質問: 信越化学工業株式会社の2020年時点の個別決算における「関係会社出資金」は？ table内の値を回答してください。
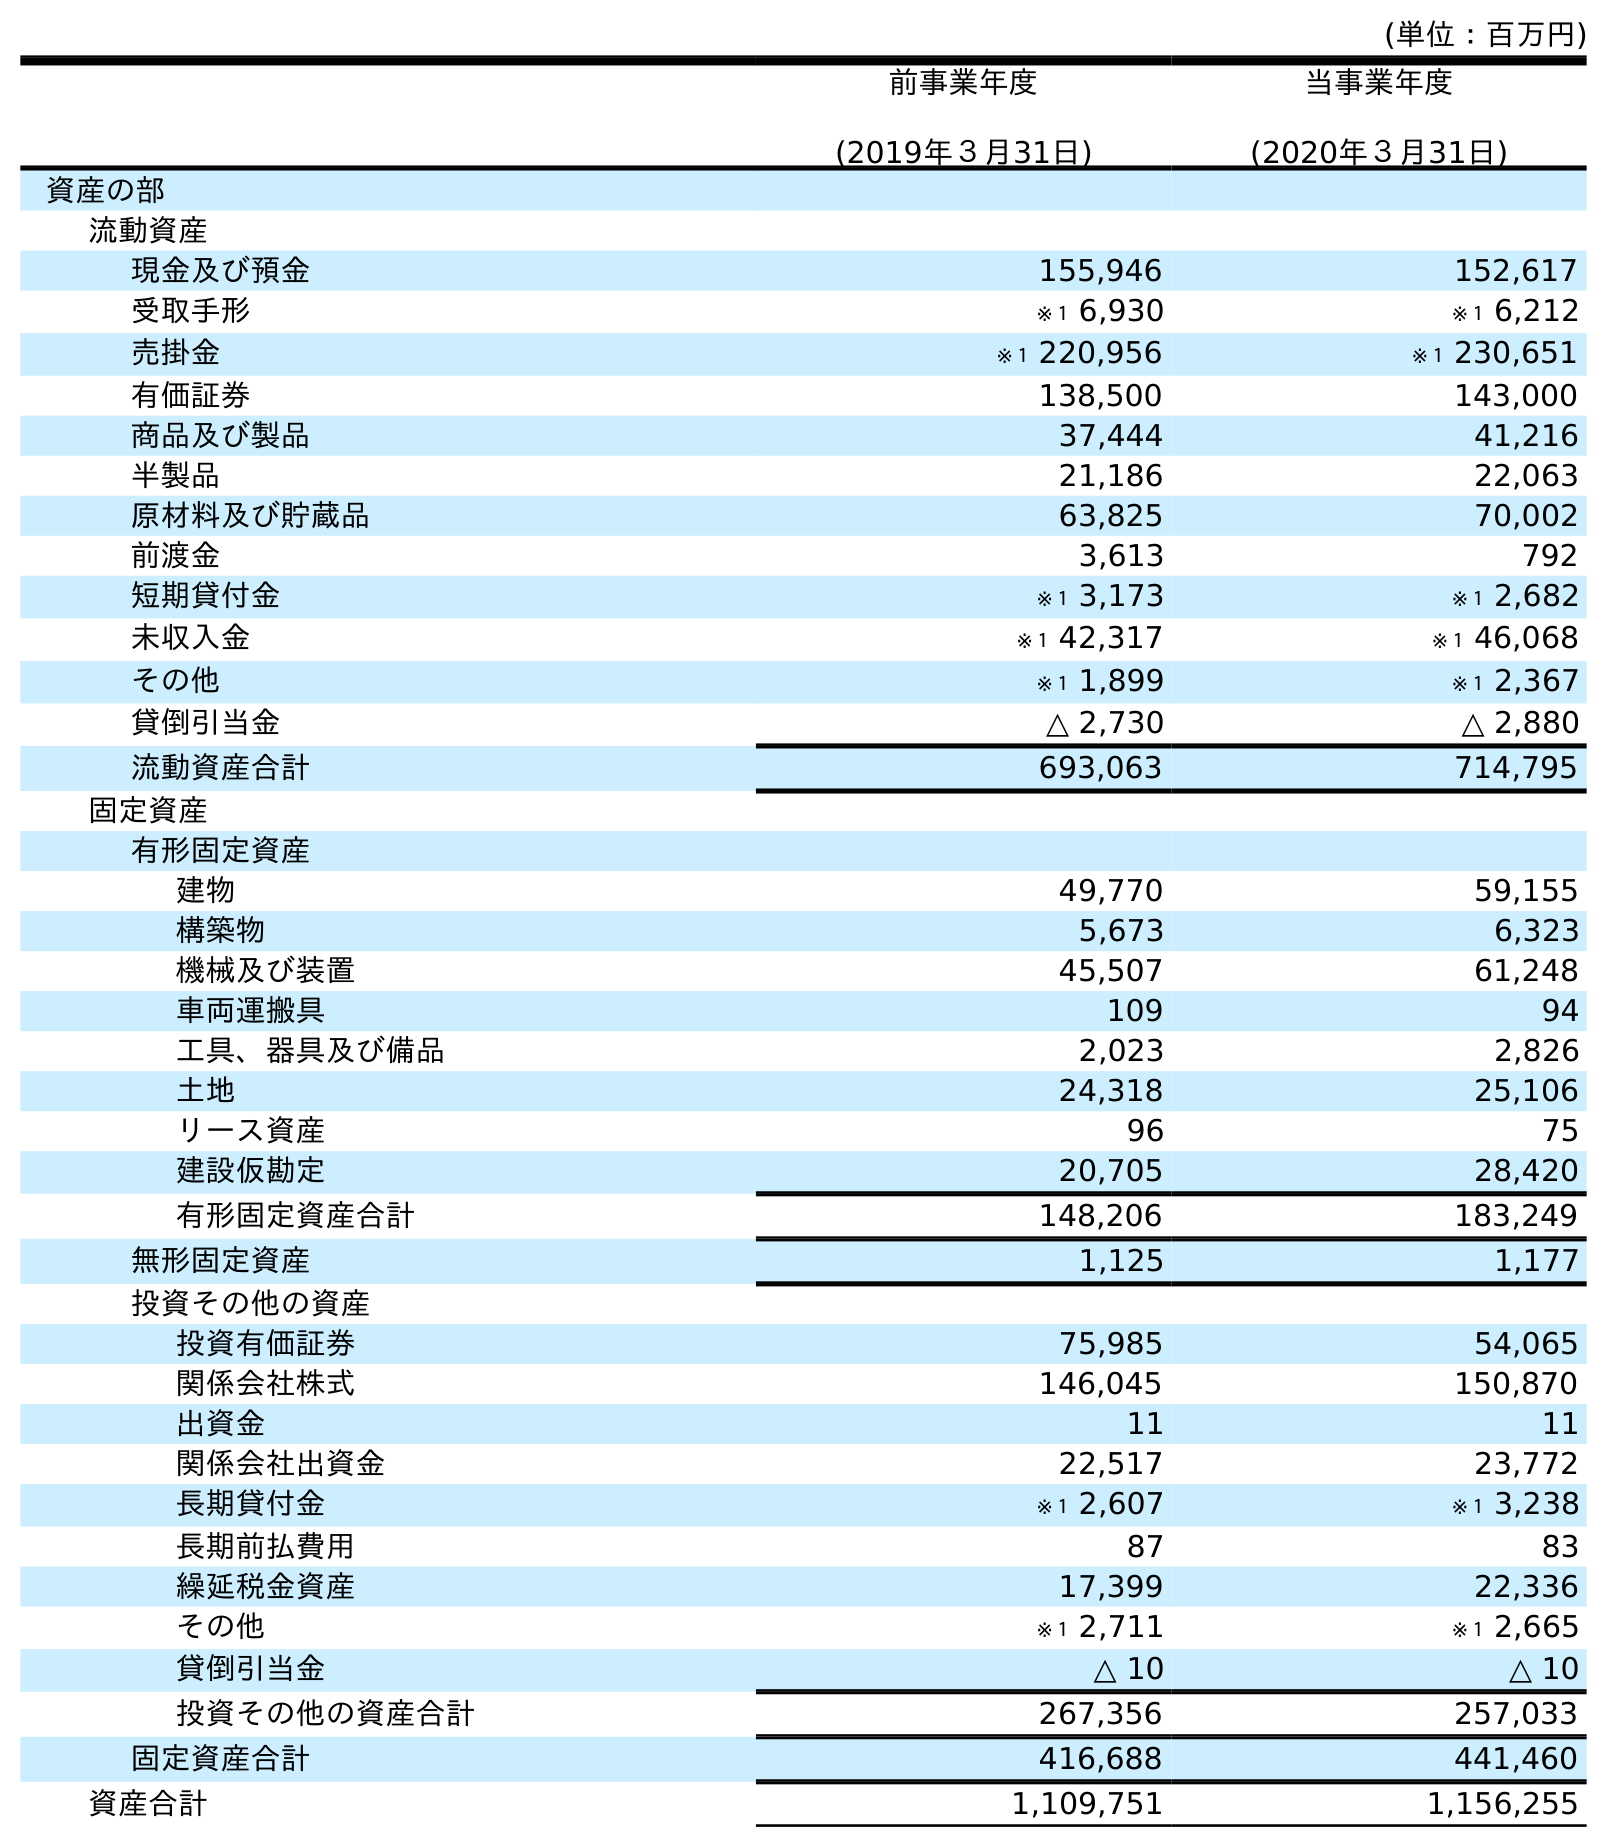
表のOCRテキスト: (単位：百万円) 前事業年度 (2019年３月31日) 当事業年度 (2020年３月31日) 資産の部 流動資産 現金及び預金 155,946 152,617 受取手形 ※１ 6,930 ※１ 6,212 売掛金 ※１ 220,956 ※１ 230,651 有価証券 138,500 143,000 商品及び製品 37,444 41,216 半製品 21,186 22,063 原材料及び貯蔵品 63,825 70,002 前渡金 3,613 792 短期貸付金 ※１ 3,173 ※１ 2,682 未収入金 ※１ 42,317 ※１ 46,068 その他 ※１ 1,899 ※１ 2,367 貸倒引当金 △ 2,730 △ 2,880 流動資産合計 693,063 714,795 固定資産 有形固定資産 建物 49,770 59,155 構築物 5,673 6,323 機械及び装置 45,507 61,248 車両運搬具 109 94 工具、器具及び備品 2,023 2,826 土地 24,318 25,106 リース資産 96 75 建設仮勘定 20,705 28,420 有形固定資産合計 148,206 183,249 無形固定資産 1,125 1,177 投資その他の資産 投資有価証券 75,985 54,065 関係会社株式 146,045 150,870 出資金 11 11 関係会社出資金 22,517 23,772 長期貸付金 ※１ 2,607 ※１ 3,238 長期前払費用 87 83 繰延税金資産 17,399 22,336 その他 ※１ 2,711 ※１ 2,665 貸倒引当金 △ 10 △ 10 投資その他の資産合計 267,356 257,033 固定資産合計 416,688 441,460 資産合計 1,109,751 1,156,255
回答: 23,772